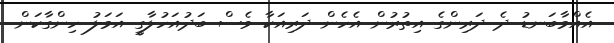
އެއްމާބަނޑު ދެ ދަރިންގެ އިތުރުން އެހެން ދަރިއަކާ ވެސް ބަދުއަހުލާގީ އަމަލު ހިންގާކަން